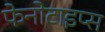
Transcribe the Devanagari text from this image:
फेनोटाइप्स